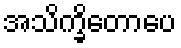
အသိက္ခိတောပေ